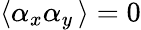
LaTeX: \left\langle\alpha_{x}\alpha_{y}\, \right\rangle=0